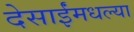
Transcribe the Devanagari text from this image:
देसाईंमधल्या